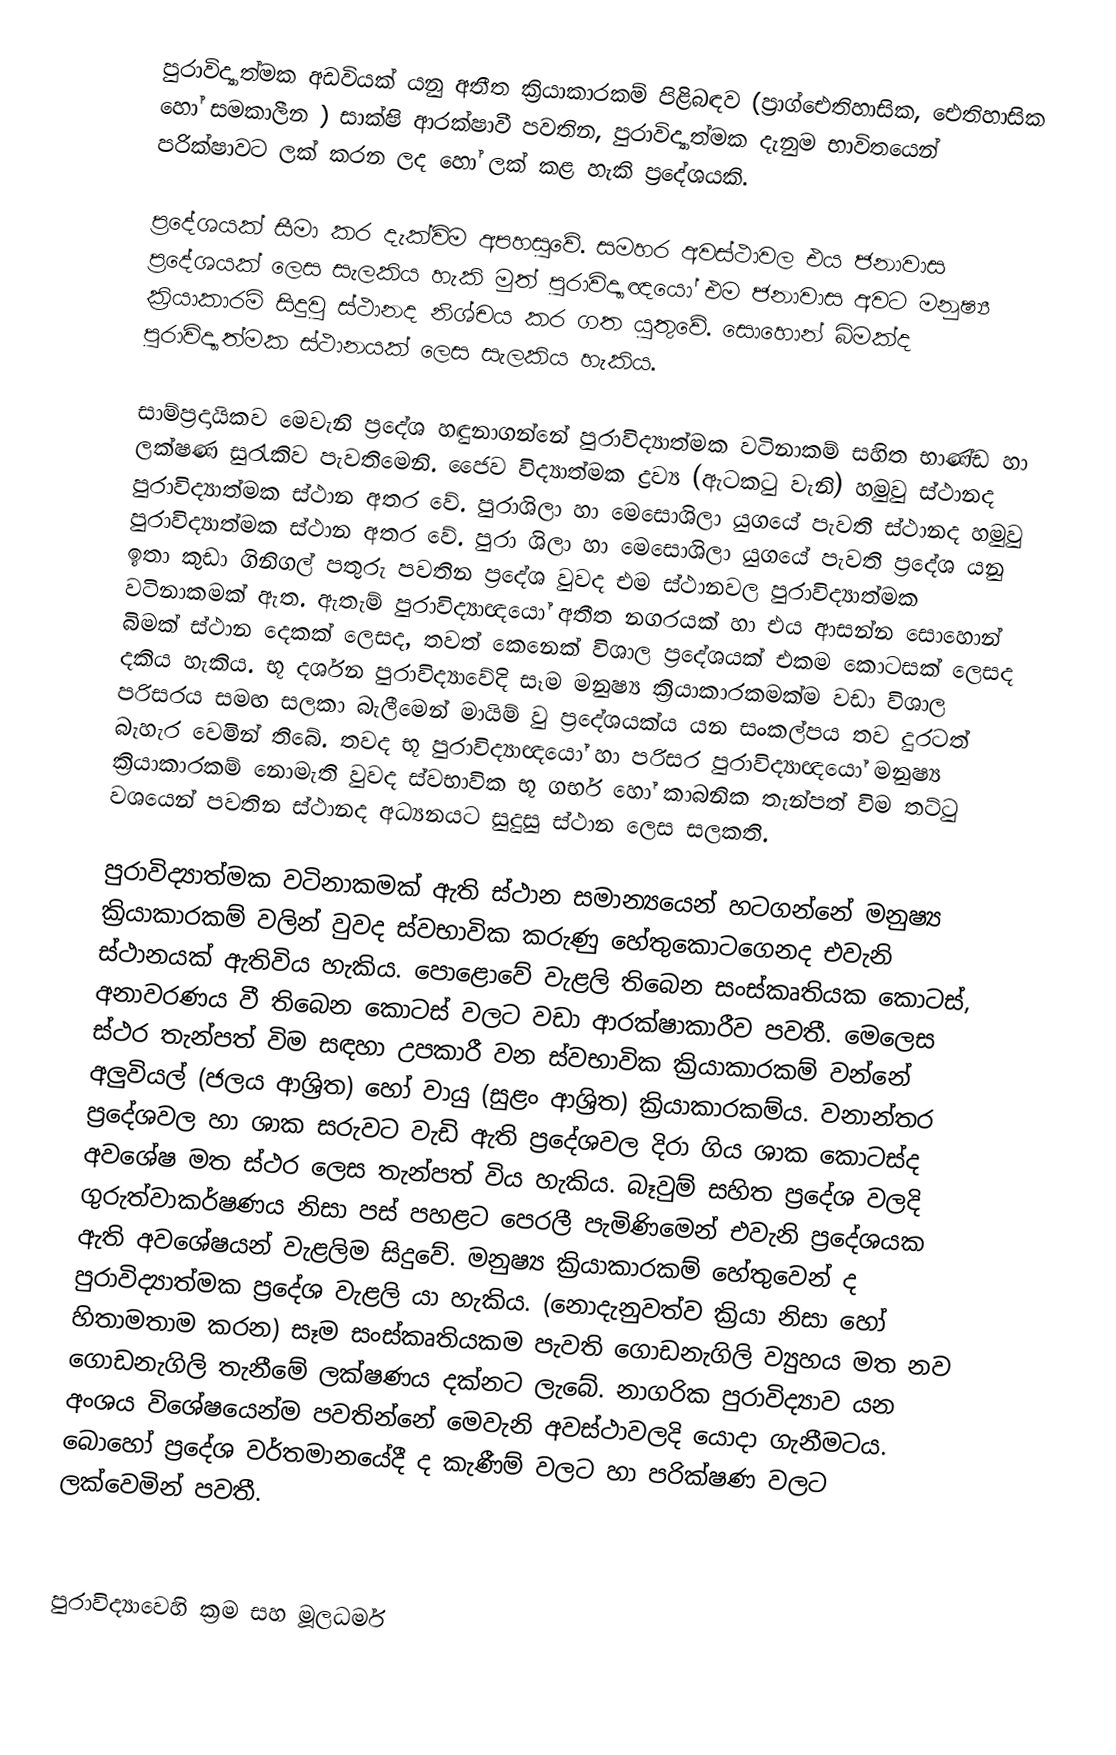
පුරාවිද්‍යාත්මක අඩවියක් යනු අතීත ක්‍රියාකාරකම් පිළිබඳව (ප්‍රාග්ඓතිහාසික, ඓතිහාසික හෝ සමකාලීන ) සාක්ෂි ආරක්ෂාවී පවතින, පුරාවිද්‍යාත්මක දැනුම භාවිතයෙන් පරික්ෂාවට ලක් කරන ලද හෝ ලක් කළ හැකි ප්‍රදේශයකි.

ප්‍රදේශයක් සීමා කර දැක්විම අපහසුවේ. සමහර අවස්ථාවල එය ජනාවාස ප්‍රදේශයක් ලෙස සැලකිය හැකි මුත් පුරාවිද්‍යාඥයෝ එම ජනාවාස අවට මනුෂ්‍ය ක්‍රියාකාරම් සිදුවු ස්ථානද නිශ්චය කර ගත යුතුවේ. සොහොන් බිමක්ද පුරාවිද්‍යාත්මක ස්ථානයක් ලෙස සැලකිය හැකිය.

සාම්ප්‍රදායිකව මෙවැනි ප්‍රදේශ හඳුනාගන්නේ පුරාවිද්‍යාත්මක වටිනාකම් සහිත භාණ්ඩ හා ලක්ෂණ සුරැකිව පැවතිමෙනි. ජෛව විද්‍යාත්මක ද්‍රව්‍ය (ඇටකටු වැනි)  හමුවු ස්ථානද පුරාවිද්‍යාත්මක ස්ථාන අතර වේ. පුරාශිලා හා මෙසොශිලා යුගයේ පැවති ස්ථානද හමුවු පුරාවිද්‍යාත්මක ස්ථාන අතර වේ. පුරා ශිලා හා මෙසොශිලා  යුගයේ පැවති ප්‍රදේශ යනු ඉතා කුඩා ගිනිගල් පතුරු පවතින ප්‍රදේශ වුවද  එම ස්ථානවල පුරාවිද්‍යාත්මක වටිනාකමක් ඇත. ඇතැම් පුරාවිද්‍යාඥයෝ අතීත නගරයක් හා එය ආසන්න සොහොන් බිමක් ස්ථාන දෙකක් ලෙසද, තවත් කෙනෙක් විශාල ප්‍රදේශයක් එකම කොටසක් ලෙසද දකිය හැකිය. භූ දර්ශන පුරාවිද්‍යාවේදි සෑම මනුෂ්‍ය ක්‍රියාකාරකමක්ම වඩා විශාල පරිසරය සමඟ සලකා බැලීමෙන්  මායිම් වු ප්‍රදේශයක්ය යන සංකල්පය තව දුරටත් බැහැර වෙමින් තිබේ. තවද භූ පුරාවිද්‍යාඥයෝ හා පරිසර පුරාවිද්‍යාඥයෝ මනුෂ්‍ය ක්‍රියාකාරකම් නොමැති වුවද ස්වභාවික භූ ගර්භ හෝ කාබනික තැන්පත් විම තට්ටු වශයෙන් පවතින ස්ථානද අධ්‍යනයට සුදුසු ස්ථාන ලෙස සලකති.

පුරාවිද්‍යාත්මක වටිනාකමක් ඇති ස්ථාන සමාන්‍යයෙන් හටගන්නේ මනුෂ්‍ය ක්‍රියාකාරකම් වලින් වුවද ස්වභාවික කරුණු හේතුකොටගෙනද එවැනි ස්ථානයක් ඇතිවිය හැකිය. පොළොවේ වැළලි තිබෙන සංස්කෘතියක කොටස්, අනාවරණය වී තිබෙන කොටස් වලට වඩා ආරක්ෂාකාරීව පවතී. මෙලෙස ස්ථර තැන්පත් විම සඳහා උපකාරී වන ස්වභාවික ක්‍රියාකාරකම් වන්නේ අලුවියල් (ජලය ආශ්‍රිත) හෝ වායු (සුළං ආශ්‍රිත) ක්‍රියාකාරකම්ය. වනාන්තර ප්‍රදේශවල හා ශාක සරුවට වැඩි ඇති ප්‍රදේශවල දිරා ගිය ශාක කොටස්ද අවශේෂ මත ස්ථර ලෙස තැන්පත් විය හැකිය. බෑවුම් සහිත ප්‍රදේශ වලදි ගුරුත්වාකර්ෂණය නිසා පස් පහළට පෙරලී පැමිණිමෙන් එවැනි ප්‍රදේශයක ඇති අවශේෂයන් වැළලිම සිදුවේ. මනුෂ්‍ය ක්‍රියාකාරකම් හේතුවෙන් ද පුරාවිද්‍යාත්මක ප්‍රදේශ වැළලි යා හැකිය. (නොදැනුවත්ව ක්‍රියා නිසා හෝ ‍හිතාමතාම කරන) සෑම සංස්කෘතියකම පැවති ගොඩනැගිලි ව්‍යුහය මත නව ගොඩනැගිලි තැනීමේ ලක්ෂණය දක්නට ලැබේ. නාගරික පුරාවිද්‍යාව යන අංශය විශේෂයෙන්ම පවතින්නේ මෙවැනි අවස්ථාවලදි යොදා ගැනීමටය. බොහෝ ප්‍රදේශ වර්තමානයේදී ද කැණීම් වලට හා පරික්ෂණ වලට ලක්වෙමින් පවතී.

පුරාවිද්‍යාවෙහි ක්‍රම සහ මූලධර්ම